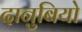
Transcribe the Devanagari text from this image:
दानुबियो